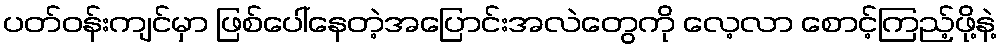
ပတ်ဝန်းကျင်မှာ ဖြစ်ပေါ်နေတဲ့အပြောင်းအလဲတွေကို လေ့လာ စောင့်ကြည့်ဖို့နဲ့